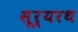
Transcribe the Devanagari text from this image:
सूर्यरथ